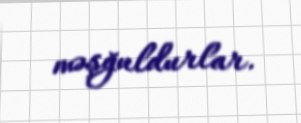
məşğuldurlar.